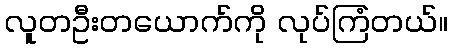
လူတဦးတယောက်ကို လုပ်ကြံတယ်။